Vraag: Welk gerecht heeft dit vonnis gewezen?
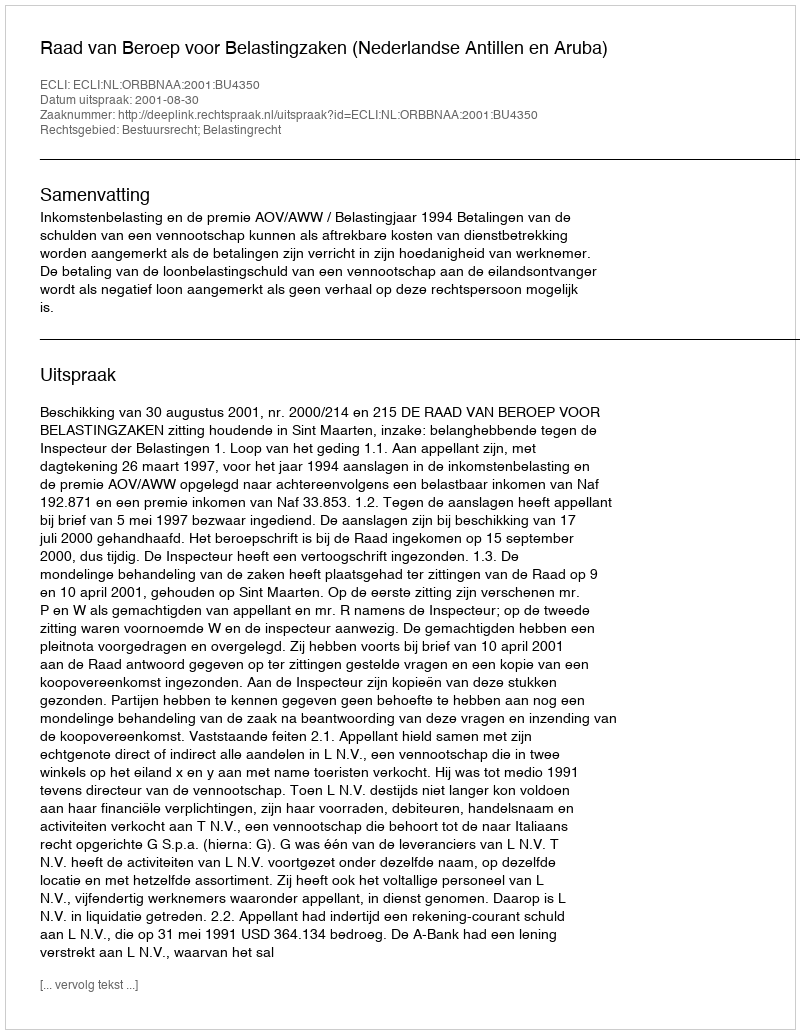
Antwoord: Raad van Beroep voor Belastingzaken (Nederlandse Antillen en Aruba)